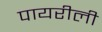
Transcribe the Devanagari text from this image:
पायरीली